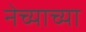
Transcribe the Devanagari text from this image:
नेच्याच्या